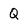
Character: Q